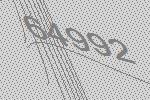
64992